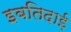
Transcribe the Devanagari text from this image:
इबतिदाई